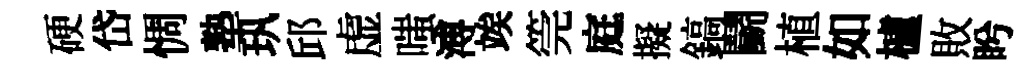
硬岱惆塾㺬邱虚嗤溥竢筦庭擬鎬鬬植如櫨敗盻